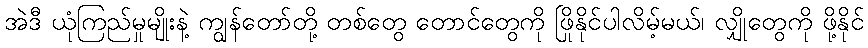
အဲဒီ ယုံကြည်မှုမျိုးနဲ့ ကျွန်တော်တို့ တစ်တွေ တောင်တွေကို ဖြိုနိုင်ပါလိမ့်မယ်၊ လျှိုတွေကို ဖို့နိုင်